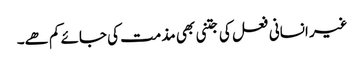
غیر انسانی فعل کی جتنی بھی مذمت کی جائے کم ھے۔